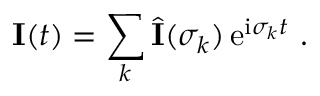
{ \bf \cal I } ( t ) = \sum _ { k } \hat { \bf \cal I } ( \sigma _ { k } ) \, \mathrm { e } ^ { \mathrm { i } \sigma _ { k } t } \ .